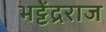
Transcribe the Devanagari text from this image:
भट्टेंद्रराज